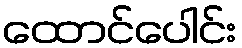
ထောင်ပေါင်း